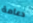
دعامة